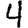
Digit: 4